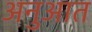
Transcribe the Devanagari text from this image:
अनुआत